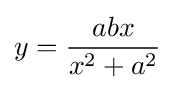
y={\frac {abx}{x^{2}+a^{2}}}